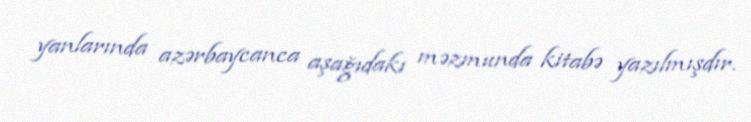
yanlarında azərbaycanca aşağıdakı məzmunda kitabə yazılmışdır.